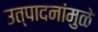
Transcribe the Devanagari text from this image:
उत्पादनांमुळे